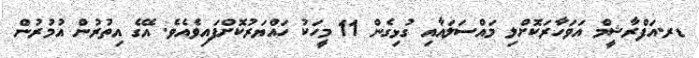
ޑރ.އަފްރާޝީމް އަވަހާރަކޮށްލި މައްސަލައާއި ގުޅިގެން 11 މީހަކު ހައްޔަރުކޮށްފައިވެއެވެ. އޭގެ އިތުރުން އުމުރުން